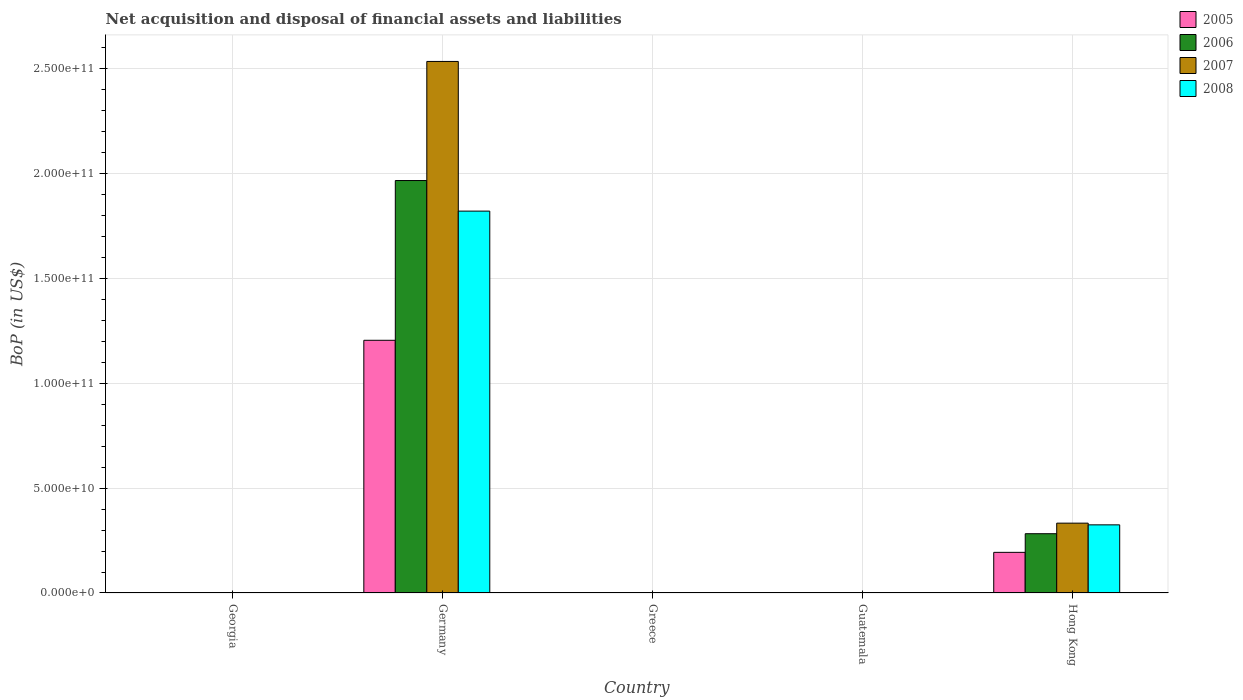
| Country | 2005 | 2006 | 2007 | 2008 |
 | --- | --- | --- | --- | --- |
 | Georgia | -6.12e+08 | -1.09e+09 | -1.94e+09 | -2.76e+09 |
 | Germany | 1.2e+11 | 1.97e+11 | 2.53e+11 | 1.82e+11 |
 | Greece | -1.57e+10 | -2.54e+10 | -3.76e+10 | -4.42e+10 |
 | Guatemala | -4.42e+08 | -9.01e+08 | -1.38e+09 | -1.13e+09 |
 | Hong Kong | 1.94e+10 | 2.83e+10 | 3.33e+10 | 3.25e+10 |